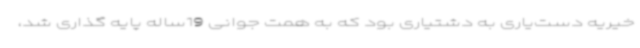
خیریه دست‌یاری به دشتیاری بود که به همت جوانی 19ساله پایه گذاری شد،